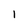
Character: I